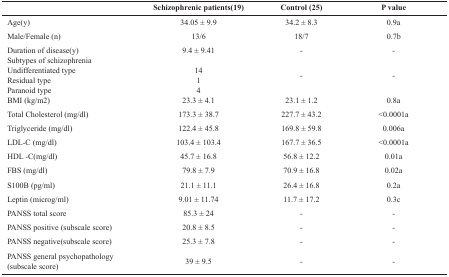
|  | Schizophrenic patients(19) | Control (25) | P value |
 | --- | --- | --- | --- |
 | Age(y) | 34.05±9.9 | 34.2±8.3 | 0.9a |
 | Male/Female (n) | 13/6 | 18/7 | 0.7b |
 | Duration of disease(y) | 9.4±9.41 | - | - |
 | Subtypes of schizophrenia |  |  |  |
 | Undifferentiated typeResidual typeParanoid type | 1414 | - | - |
 | BMI (kg/m2) | 23.3±4.1 | 23.1±1.2 | 0.8a |
 | Total Cholesterol (mg/dl) | 173.3±38.7 | 227.7±43.2 | <0.0001a |
 | Triglyceride (mg/dl) | 122.4±45.8 | 169.8±59.8 | 0.006a |
 | LDL-C (mg/dl) | 103.4±103.4 | 167.7±36.5 | <0.0001a |
 | HDL -C(mg/dl) | 45.7±16.8 | 56.8±12.2 | 0.01a |
 | FBS (mg/dl) | 79.8±7.9 | 70.9±16.8 | 0.02a |
 | S100B (pg/ml) | 21.1±11.1 | 26.4±16.8 | 0.2a |
 | Leptin (microg/ml) | 9.01±11.74 | 11.7±17.2 | 0.3c |
 | PANSS total score | 85.3±24 | - | - |
 | PANSS positive (subscale score) | 20.8±8.5 | - | - |
 | PANSS negative(subscale score) | 25.3±7.8 | - | - |
 | PANSS general psychopathology (subscale score) | 39±9.5 | - | - |